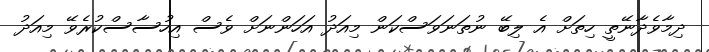
ދިމާވެދާނޭތީ ހިތަށް އެ ލިބޭ ނުތަނަވަސްކަން މިއަދު އަހަންނަށް ވެސް އިހުސާސްކުރެވޭ މިއަދު